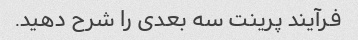
فرآیند پرینت سه بعدی را شرح دهید.